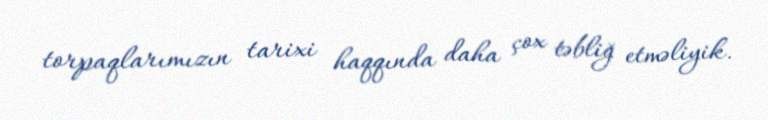
torpaqlarımızın tarixi haqqında daha çox təbliğ etməliyik.